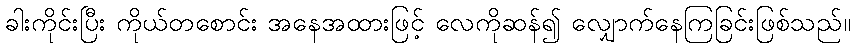
ခါးကိုင်းပြီး ကိုယ်တစောင်း အနေအထားဖြင့် လေကိုဆန်၍ လျှောက်နေကြခြင်းဖြစ်သည်။